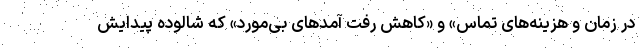
در زمان و هزینه‌های تماس» و «کاهش رفت آمدهای بی‌مورد» که شالوده پیدایش